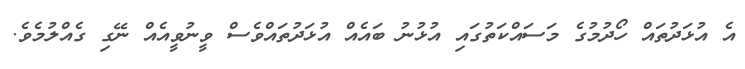
އެ އުޅަދުތައް ހޯދުމުގެ މަސައްކަތުގައި އުޅުނު ބައެއް އުޅަދުތައްވެސް ވީނުވީއެއް ނޭގި ގެއްލުމެވެ.